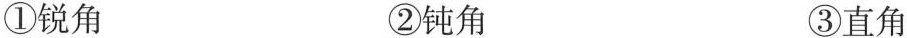
①锐角 ②钝角 ③直角